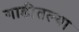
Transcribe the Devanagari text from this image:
गाडीतल्या